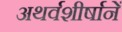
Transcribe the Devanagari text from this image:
अथर्वशीर्षानें